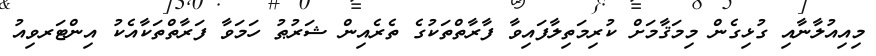
މިއިއުލާނާއި ގުޅިގެން މިމަޤާމަށް ކުރިމަތިލާފައިވާ ފާރާތްތަކުގެ ތެރެއިން ޝަރުޠު ހަމަވާ ފަރާތްތަކާއެކު އިންޓަރވިއު